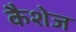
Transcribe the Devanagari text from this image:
कैशेज